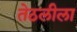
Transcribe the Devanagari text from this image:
तेठलीला